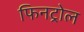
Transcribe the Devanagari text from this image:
फिनट्रोल